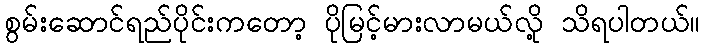
စွမ်းဆောင်ရည်ပိုင်းကတော့ ပိုမြင့်မားလာမယ်လို့ သိရပါတယ်။